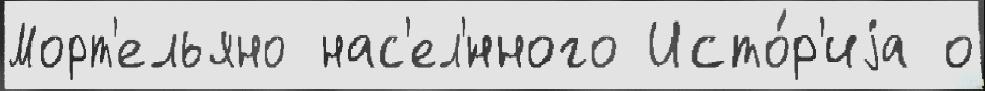
Морт'ельяно нас'ел'́нного Исто́р'иjа о